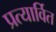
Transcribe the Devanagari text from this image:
प्रत्यार्वित